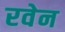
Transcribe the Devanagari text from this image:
रवेन